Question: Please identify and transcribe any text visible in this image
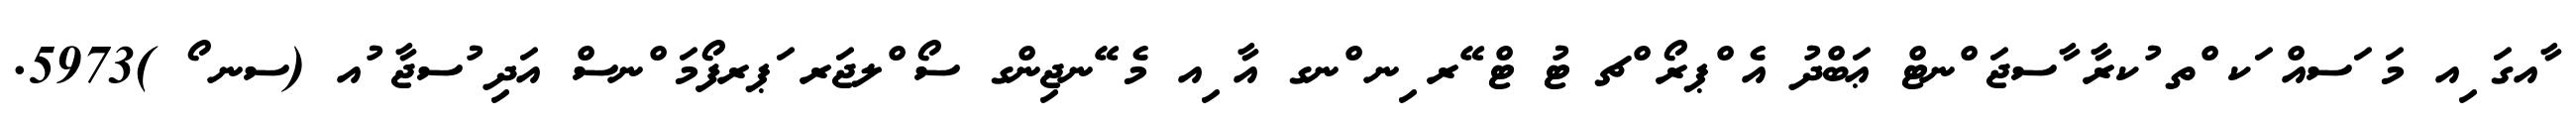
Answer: ާއގަ ިއ މަ ަސއް ަކ ްތ ުކރާ ާސޖަ ްނޓް ޢަބްދު އެ ްޕރޯ ްޗ ޓު ޓް ޭރ ިނ ްނގ އާ ިއ މެ ޭނޖިންގ ސޯ ްލޖަރ ަޕރފޯމަ ްނސް އަދި ުސޖާ ުއ (ސނ ޯ )5973.